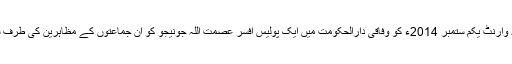
اسلام آباد کی انسداد دہشت گردی کی ایک عدالت نے منگل کو یہ وارنٹ یکم ستمبر 2014ء کو وفاقی دارالحکومت میں ایک پولیس افسر عصمت اللہ جونیجو کو ان جماعتوں کے مظاہرین کی طرف سے حملہ کر کے زدوکوب کرنے کے مقدمے میں جاری کیے۔